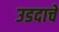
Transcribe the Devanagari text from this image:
उडदाचे